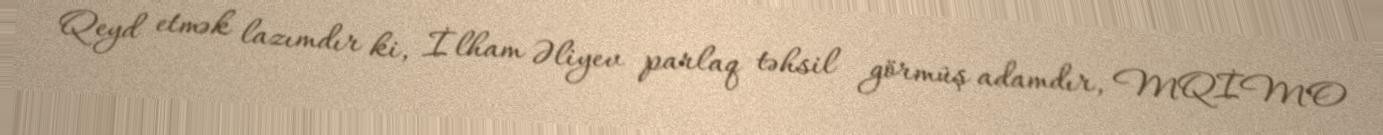
Qeyd etmək lazımdır ki, İlham Əliyev parlaq təhsil görmüş adamdır, MQİMO